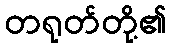
တရုတ်တို့၏